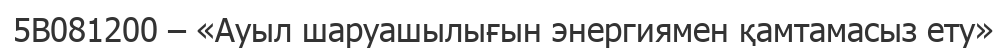
5В081200 – «Ауыл шаруашылығын энергиямен қамтамасыз ету»